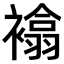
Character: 𧝅